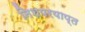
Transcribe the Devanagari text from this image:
निशपरयाप्त